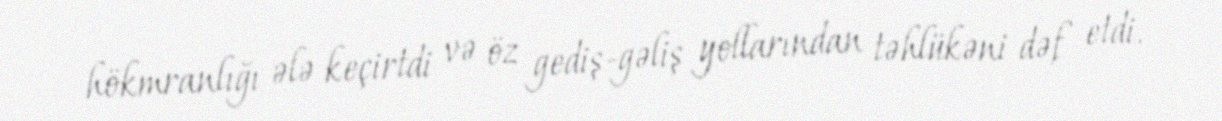
hökmranlığı ələ keçirtdi və öz gediş-gəliş yollarından təhlükəni dəf etdi.